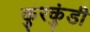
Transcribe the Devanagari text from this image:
कुरकुंडी